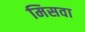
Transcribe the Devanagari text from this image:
मिसवा